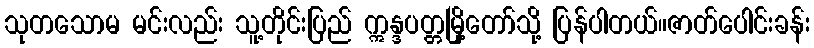
သုတသောမ မင်းလည်း သူ့တိုင်းပြည် ဣန္ဒပတ္တမြို့တော်သို့ ပြန်ပါတယ်။ဇာတ်ပေါင်းခန်း